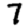
Digit: 7